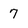
Character: 7